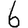
Digit: 6